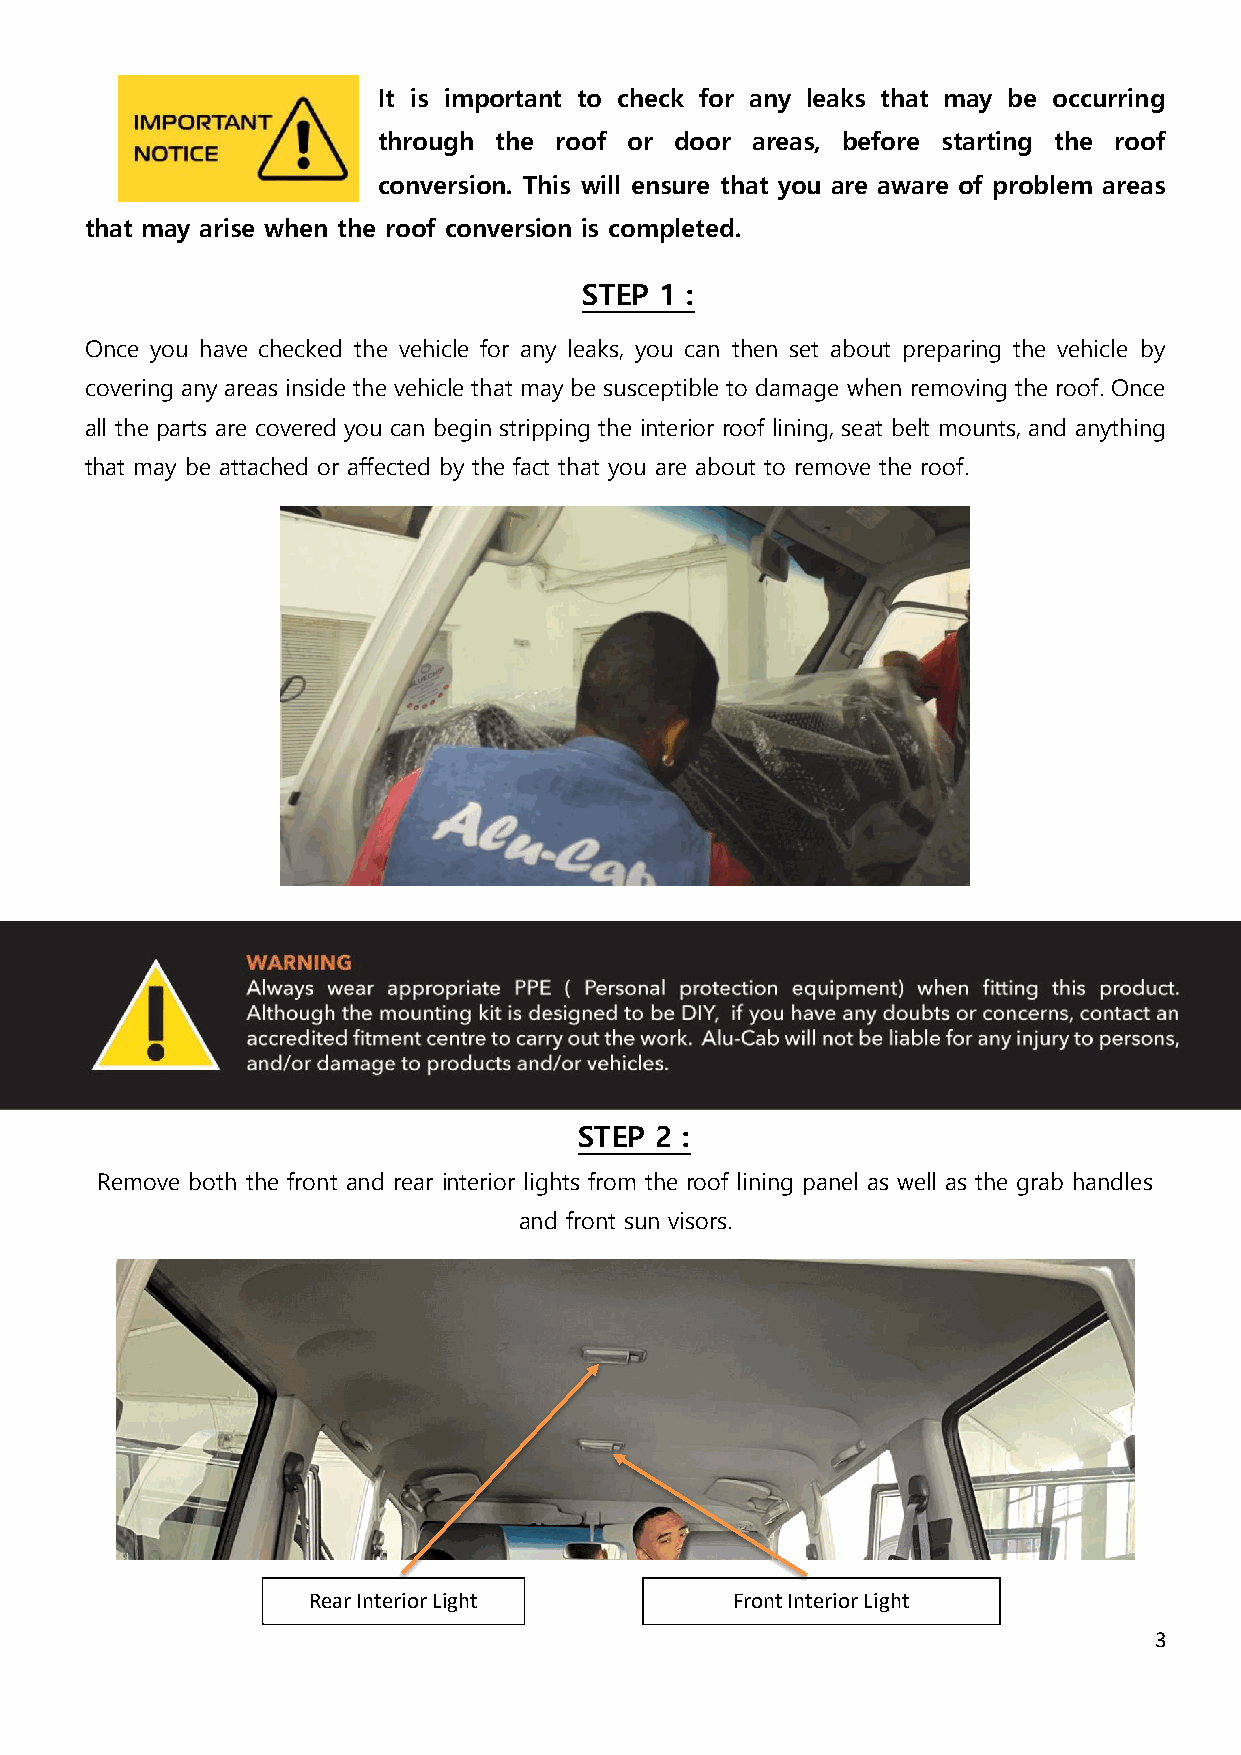
It is important to check for any leaks that may be occurring
 through the roof or door areas, before starting the roof
 conversion. This will ensure that you are aware of problem areas
 that may arise when the roof conversion is completed.
 STEP 1 :
 Once you have checked the vehicle for any leaks, you can then set about preparing the vehicle by
 covering any areas inside the vehicle that may be susceptible to damage when removing the roof. Once
 all the parts are covered you can begin stripping the interior roof lining, seat belt mounts, and anything
 that may be attached or affected by the fact that you are about to remove the roof.
 STEP 2 :
 Remove both the front and rear interior lights from the roof lining panel as well as the grab handles
 and front sun visors.
 Rear Interior Light          Front Interior Light
 3